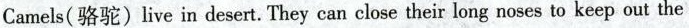
Camels(骆驼)live in desert.They can close their long noses to keep out the